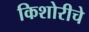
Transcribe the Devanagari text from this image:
किशोरीचे